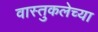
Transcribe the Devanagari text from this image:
वास्तुकलेच्या